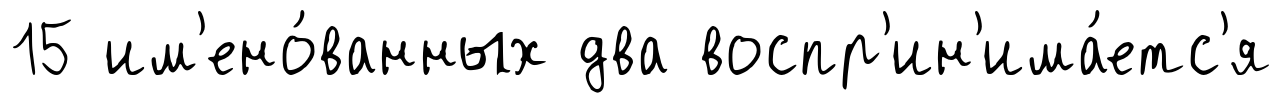
15 им'ено́ванных два воспр'ин'има́етс'я